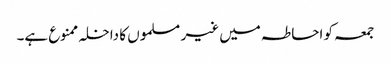
جمعہ کو احاطہ میں غیر مسلموں کا داخلہ ممنوع ہے۔